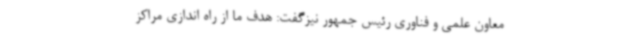
معاون علمی و فناوری رئیس جمهور نیزگفت: هدف ما از راه اندازی مراکز